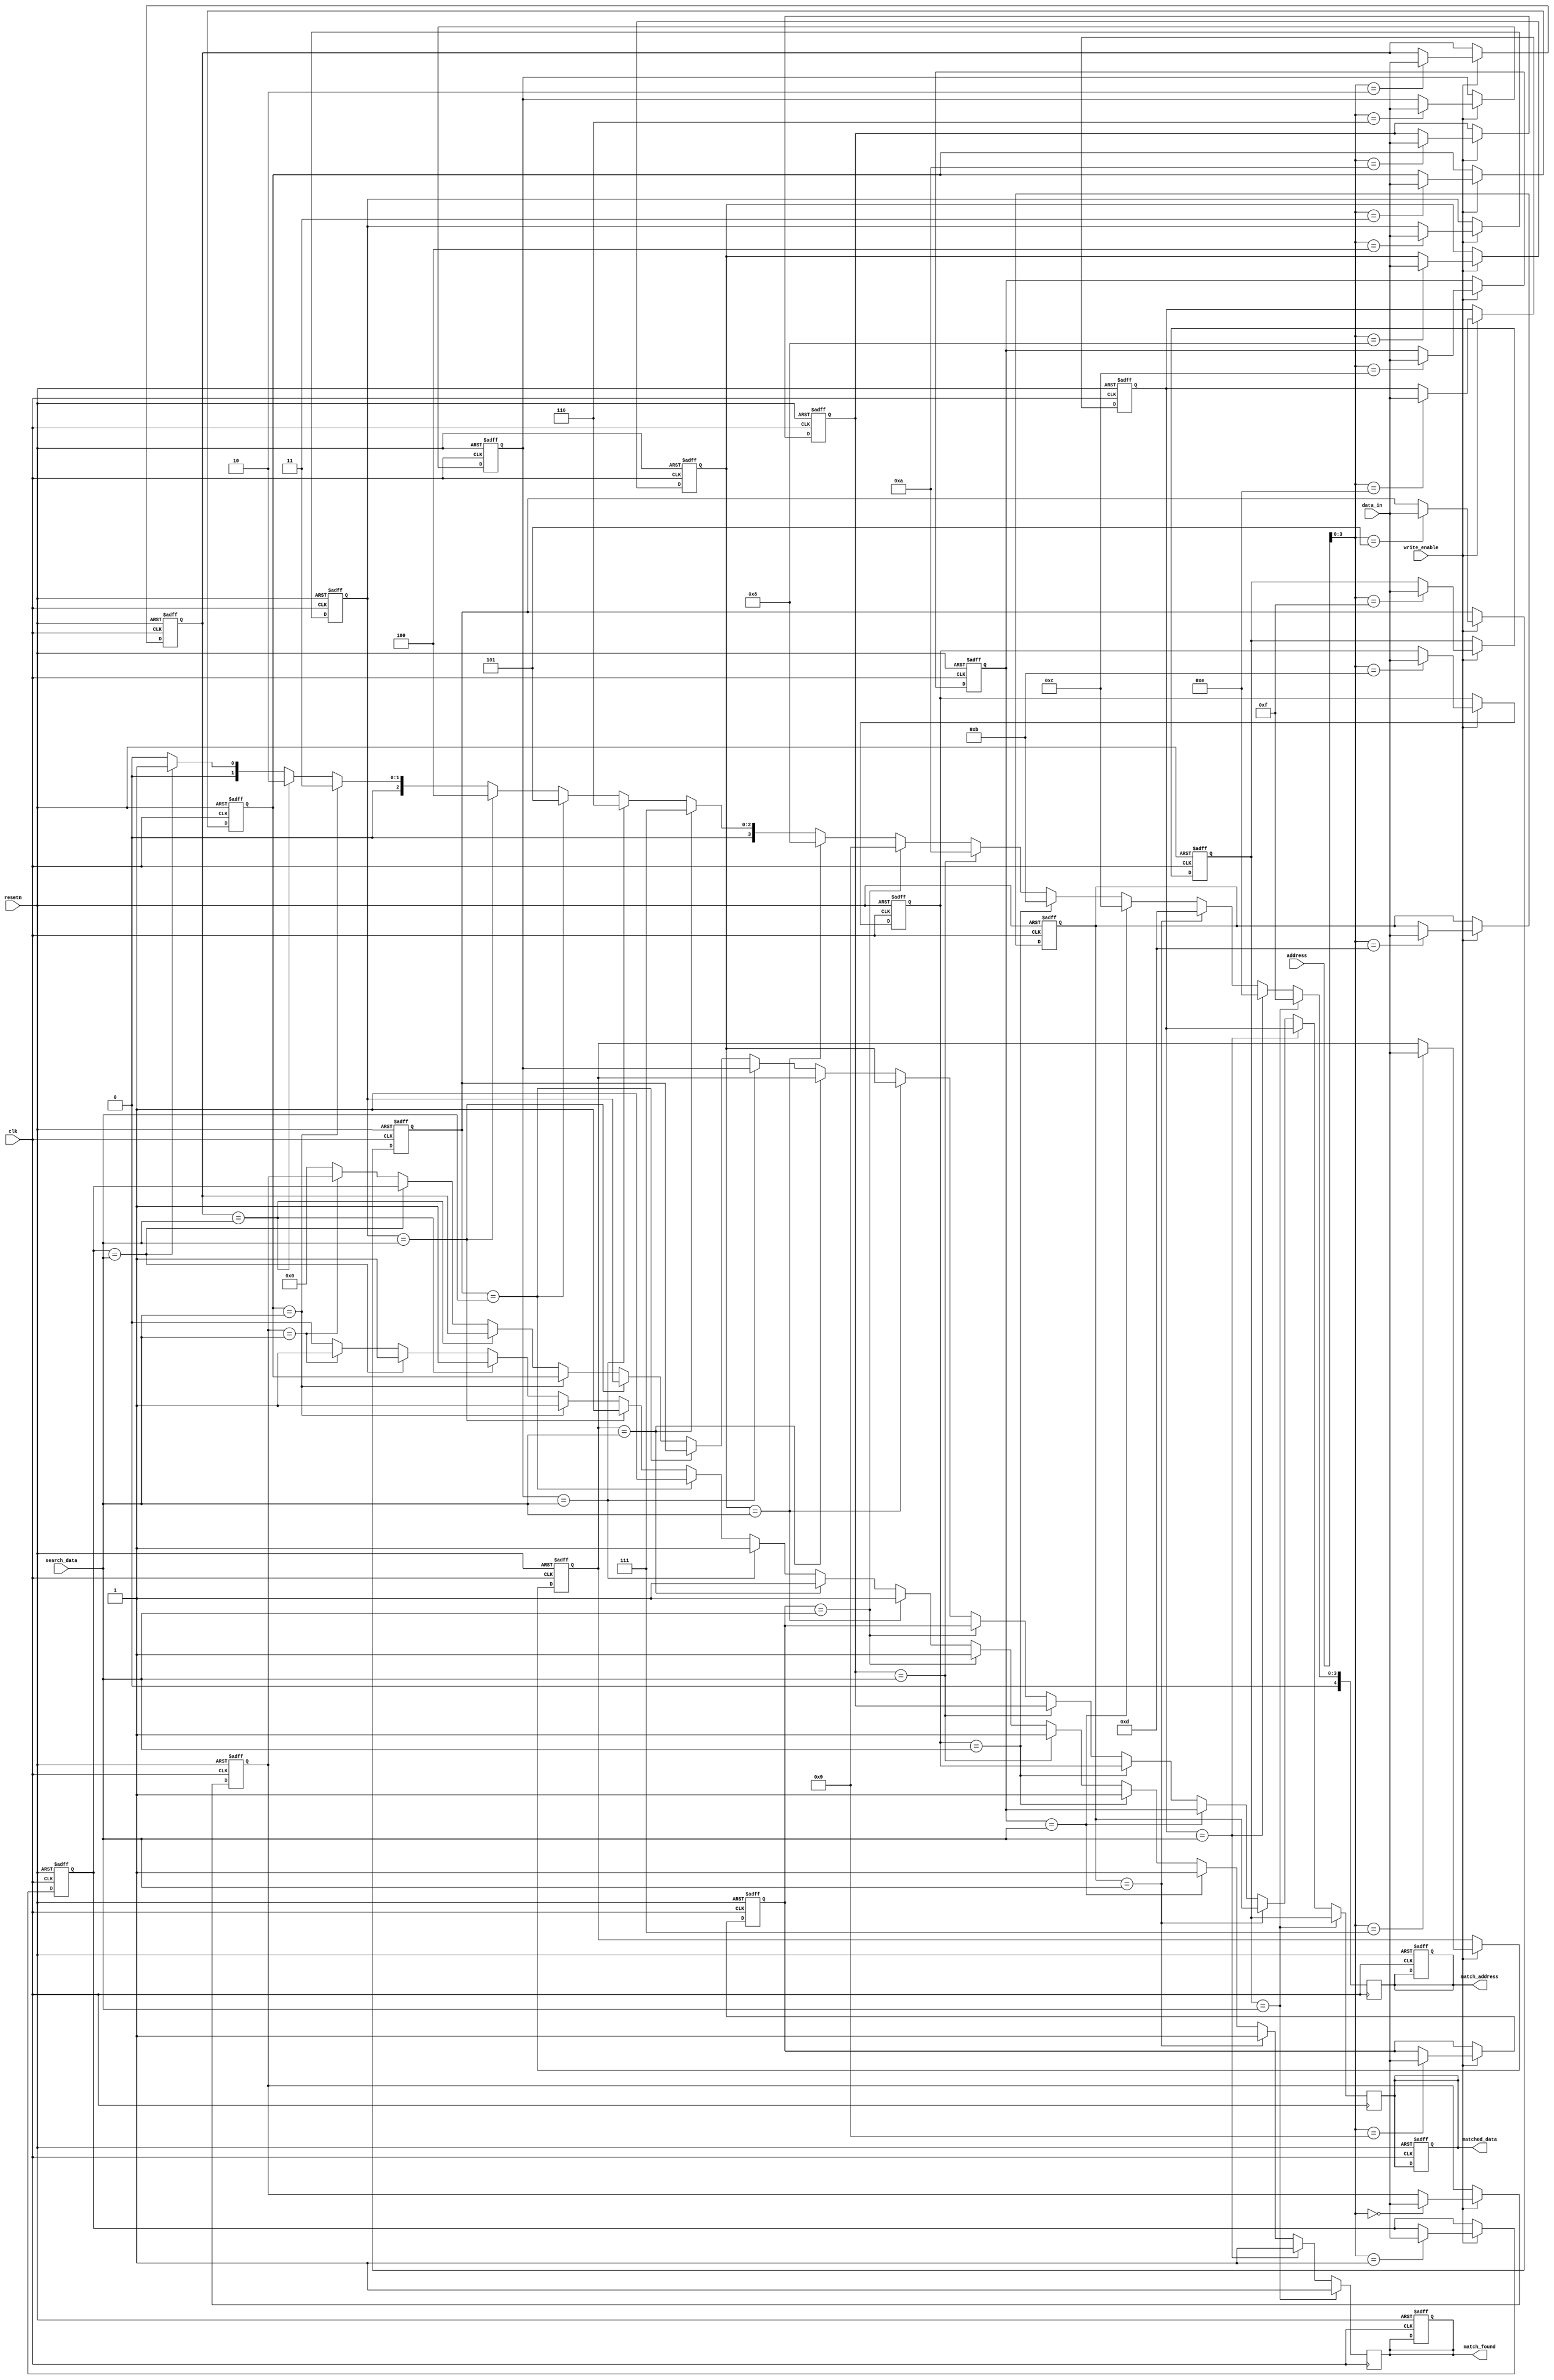
module BCAM #(
    parameter N = 16, // Number of entries
    parameter W = 8    // Width of each entry
)(
    input wire clk,                     // Clock signal
    input wire resetn,                  // Active-low reset
    input wire [W-1:0] data_in,         // Data input for write operation
    input wire [4:0] address,           // Address for write/read operation
    input wire write_enable,             // Write enable signal
    input wire [W-1:0] search_data,     // Data to search
    output reg match_found,              // Match found indicator
    output reg [4:0] match_address,      // Address of matching entry
    output reg [W-1:0] matched_data      // Output data of the matched entry
);

    reg [W-1:0] memory [0:N-1]; // Memory array

    integer i;

    // Memory write operation
    always @(posedge clk or negedge resetn) begin
        if (!resetn) begin
            // Initialize memory to 0
            for (i = 0; i < N; i = i + 1) begin
                memory[i] <= 0;
            end
            match_found <= 0;
            matched_data <= 0;
            match_address <= 0;
        end else if (write_enable) begin
            memory[address] <= data_in; // Write data to specified address
        end
    end

    // Match logic
    always @(posedge clk) begin
        match_found <= 0; // Reset match found flag
        matched_data <= 0; // Reset matched data
        match_address <= 0; // Reset match address

        for (i = 0; i < N; i = i + 1) begin
            if (memory[i] == search_data) begin
                match_found <= 1; // Match found
                matched_data <= memory[i]; // Store matched data
                match_address <= i; // Store address of matched entry
            end
        end
    end

endmodule